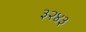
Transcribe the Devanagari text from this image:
३२४३